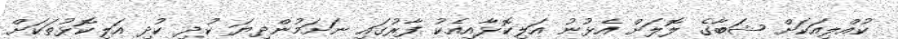
ކުއްލިއަކަށް ޝަބާގެ ލޮލަށް އެޅުނު އަލިކޮޅާއިއެކު ފާރުގައި ނަށަމުންދިޔަ ކުދި ކުދި އަލިކޮޅުތަކަށް